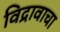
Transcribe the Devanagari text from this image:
विद्रावाचा